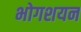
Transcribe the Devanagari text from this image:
भोगशयन